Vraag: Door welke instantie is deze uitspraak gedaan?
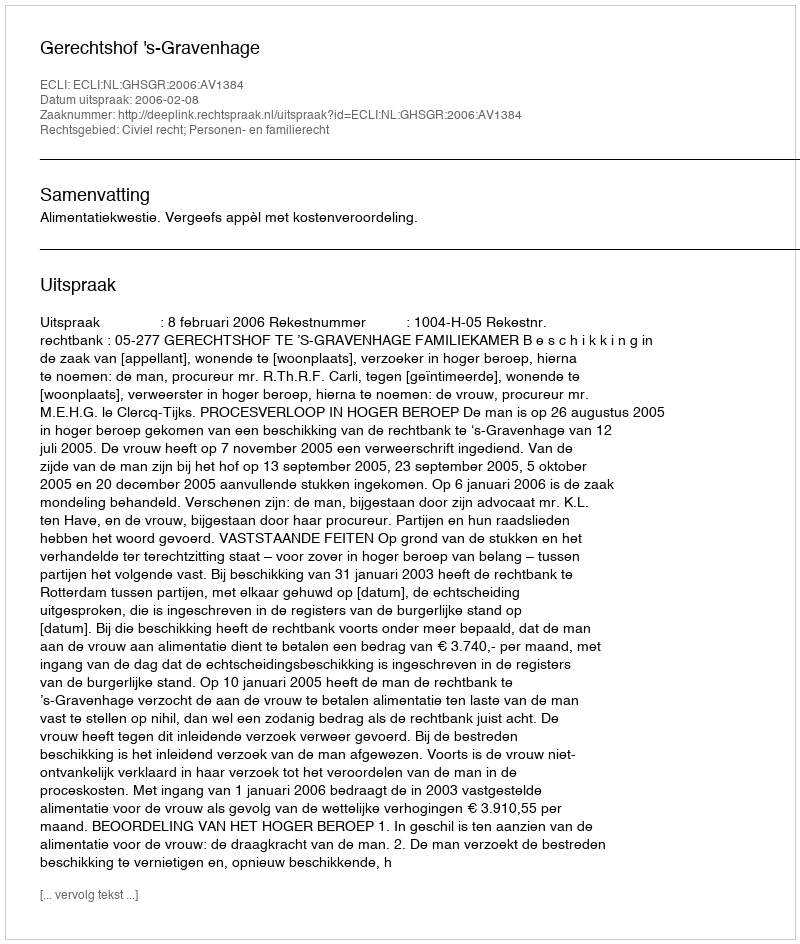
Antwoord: Gerechtshof 's-Gravenhage